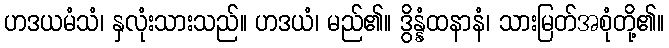
ဟဒယမံသံ၊ နှလုံးသားသည်။ ဟဒယံ၊ မည်၏။ ဒွိန္နံထနာနံ၊ သားမြတ်အစုံတို့၏။